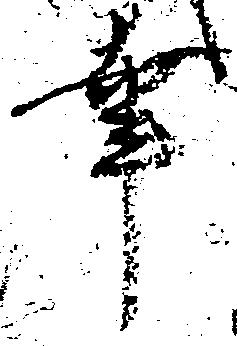
幸